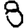
Digit: 8